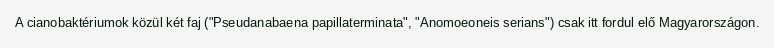
A cianobaktériumok közül két faj ("Pseudanabaena papillaterminata", "Anomoeoneis serians") csak itt fordul elő Magyarországon.